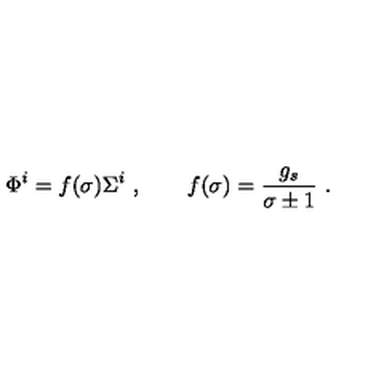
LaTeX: \Phi ^ { i } = f ( \sigma ) \Sigma ^ { i } \ , \qquad f ( \sigma ) = { \frac { g _ { s } } { \sigma \pm 1 } } \ .